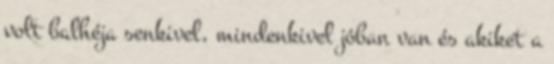
volt balhéja senkivel, mindenkivel jóban van és akiket a